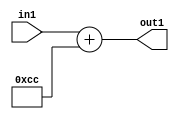
`timescale 1ps / 1ps
/*****************************************************************************
    Verilog RTL Description
    
    
    Created by: Stratus DpOpt 2019.1.01 
*******************************************************************************/

module DC_Filter_Add_12U_27_4 (
	in1,
	out1
	); /* architecture "behavioural" */ 
input [11:0] in1;
output [11:0] out1;
wire [11:0] asc001;

assign asc001 = 
	+(in1)
	+(12'B000011001100);

assign out1 = asc001;
endmodule

/* CADENCE  urnzSw0= : u9/ySgnWtBlWxVPRXgAZ4Og= ** DO NOT EDIT THIS LINE ******/